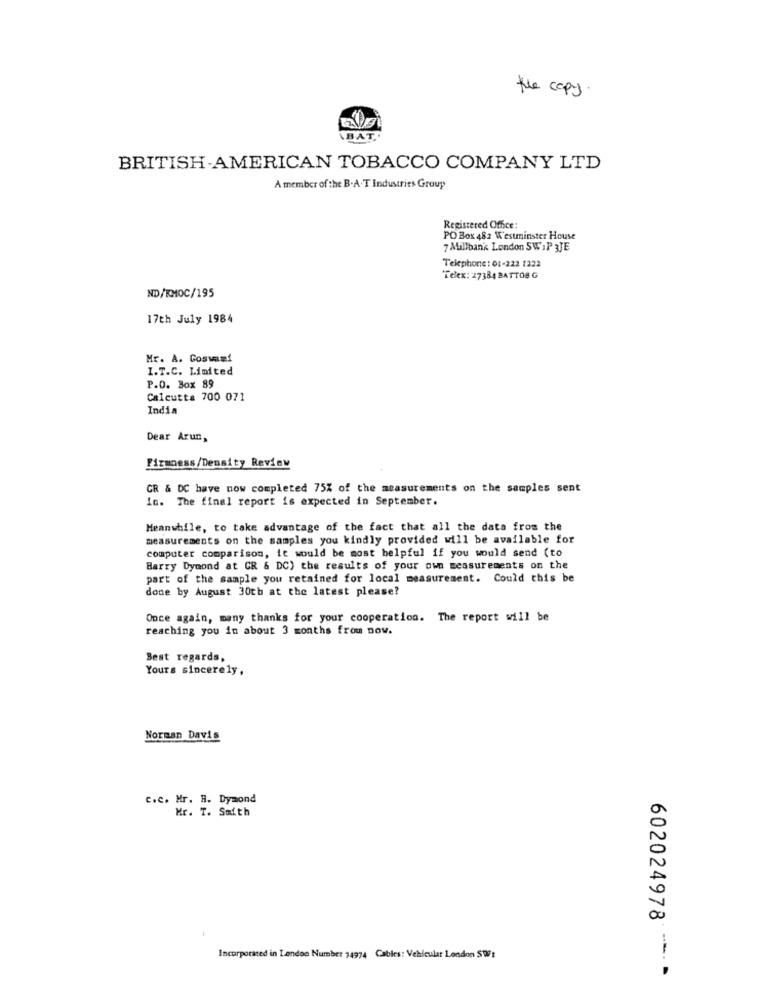
the copy.
BAT,
BRITISH AMERICAN TOBACCO COMPANY LTD
A member of the B.A.T Industries Group
Registered Office:
PO Box 482 Westminster House
7 Millbank London SW 1P 3JE
Telephone : 01-222 1222
Telex: 27384 BATTOS G
ND/KMOC/195
17th July 1984
Mr. A. Goswami
I.T.C. Limited
P.O. Box 89
Calcutta 700 071
India
Dear Arun,
Firmness/Density Review
CR & DC have now completed 75% of the measurements on the samples sent
in. The final report is expected in September.
Meanwhile, to take advantage of the fact that all the data from the
measurements on the samples you kindly provided will be available for
computer comparison, it would be most helpful if you would send (to
Harry Dymond at CR & DC) the results of your own measurements on the
part of the sample you retained for local measurement. Could this be
done by August 30th at the latest please?
Once again, many thanks for your cooperation. The report will be
reaching you in about 3 months from now.
Best regards,
Yours sincerely,
Norman Davis
c.c. Mr. R. Dymond
Mr. T. Smith
602024978
Incorporated in Landon Number 14974 Cables: Vehicular London SWW:
.--- -